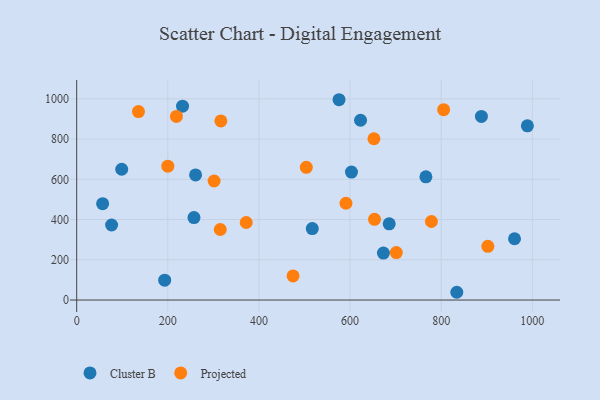
{"axis": {"x": "Distance", "y": "Yield"}, "legend": ["Cluster B", "Projected"], "data": [{"x": "193.1", "y": 98.5, "type": "Cluster B"}, {"x": "989.2", "y": 866.1, "type": "Cluster B"}, {"x": "76.6", "y": 373.0, "type": "Cluster B"}, {"x": "673.2", "y": 233.3, "type": "Cluster B"}, {"x": "56.9", "y": 479.0, "type": "Cluster B"}, {"x": "961.0", "y": 304.7, "type": "Cluster B"}, {"x": "603.1", "y": 636.2, "type": "Cluster B"}, {"x": "232.3", "y": 963.5, "type": "Cluster B"}, {"x": "766.5", "y": 612.7, "type": "Cluster B"}, {"x": "257.4", "y": 410.1, "type": "Cluster B"}, {"x": "575.8", "y": 995.7, "type": "Cluster B"}, {"x": "685.9", "y": 378.8, "type": "Cluster B"}, {"x": "517.1", "y": 355.0, "type": "Cluster B"}, {"x": "623.0", "y": 893.6, "type": "Cluster B"}, {"x": "888.3", "y": 912.5, "type": "Cluster B"}, {"x": "260.9", "y": 621.7, "type": "Cluster B"}, {"x": "834.3", "y": 38.6, "type": "Cluster B"}, {"x": "98.8", "y": 650.1, "type": "Cluster B"}, {"x": "805.4", "y": 946.0, "type": "Projected"}, {"x": "474.9", "y": 119.8, "type": "Projected"}, {"x": "504.0", "y": 659.9, "type": "Projected"}, {"x": "902.4", "y": 267.1, "type": "Projected"}, {"x": "652.4", "y": 801.8, "type": "Projected"}, {"x": "701.5", "y": 236.0, "type": "Projected"}, {"x": "372.1", "y": 385.4, "type": "Projected"}, {"x": "135.6", "y": 936.8, "type": "Projected"}, {"x": "778.6", "y": 390.5, "type": "Projected"}, {"x": "315.1", "y": 350.7, "type": "Projected"}, {"x": "218.9", "y": 912.6, "type": "Projected"}, {"x": "301.6", "y": 591.8, "type": "Projected"}, {"x": "591.0", "y": 481.0, "type": "Projected"}, {"x": "653.7", "y": 401.1, "type": "Projected"}, {"x": "316.4", "y": 890.4, "type": "Projected"}, {"x": "200.0", "y": 665.2, "type": "Projected"}]}